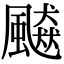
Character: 飇